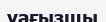
уағызшы